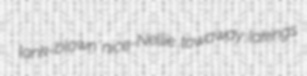
lank-blown nice-Nellie towaway lakings